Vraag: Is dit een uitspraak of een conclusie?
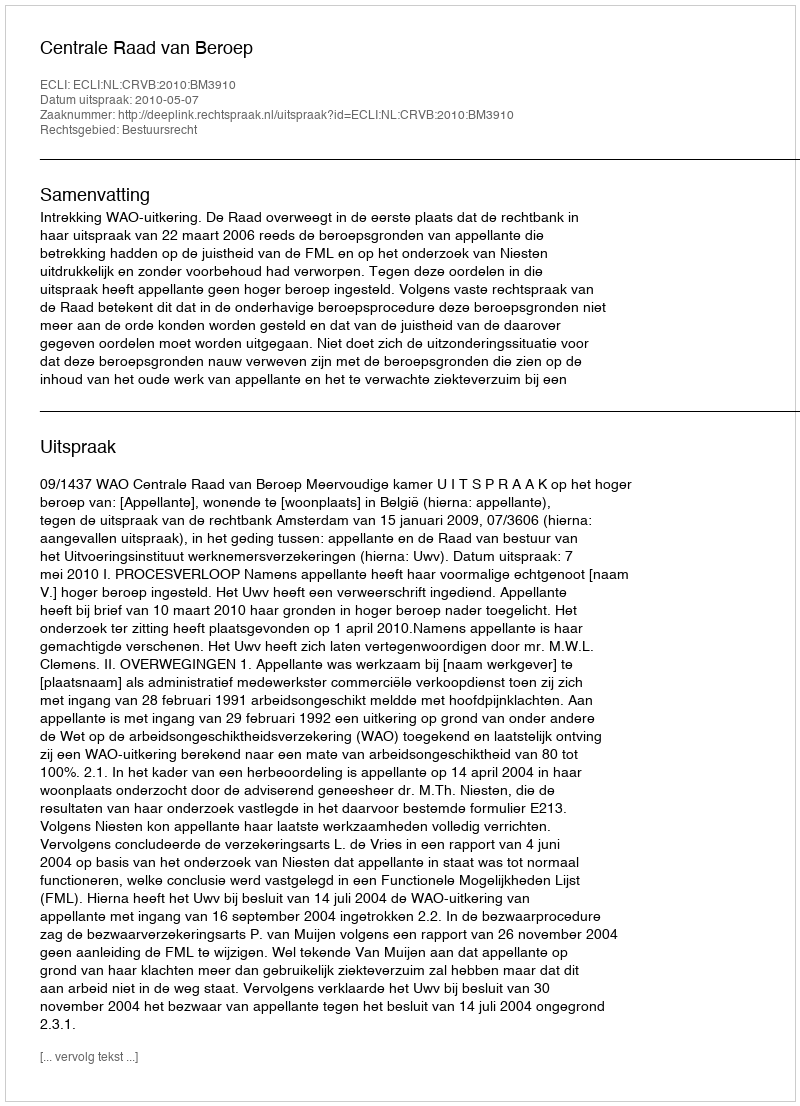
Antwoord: Uitspraak